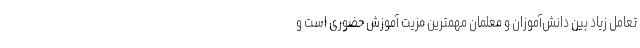
تعامل زیاد بین دانش‌آموزان و معلمان مهمترین مزیت آموزش حضوری است و